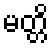
မတ္တိ